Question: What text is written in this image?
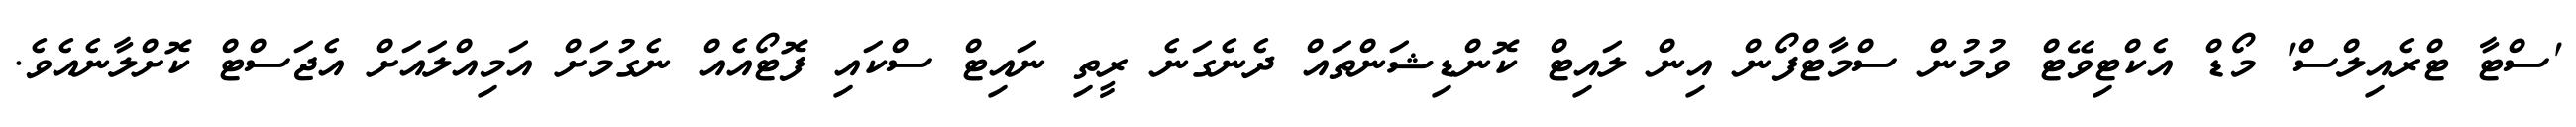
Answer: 'ސްޓާ ޓްރެއިލްސް' މޯޑް އެކްޓިވޭޓް ވުމުން ސްމާޓްފޯން އިން ލައިޓް ކޮންޑިޝަންތައް ދެނެގަނެ ރީތި ނައިޓް ސްކައި ފޮޓޯއެއް ނެގުމަށް އަމިއްލައަށް އެޖަސްޓް ކޮށްލާނެއެވެ.